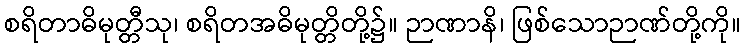
စရိတာဓိမုတ္တီသု၊ စရိတအဓိမုတ္တိတို့၌။ ဉာဏာနိ၊ ဖြစ်သောဉာဏ်တို့ကို။